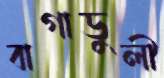
বাগাডুলী